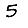
Digit: 5